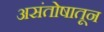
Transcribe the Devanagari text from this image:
असंतोषातून